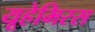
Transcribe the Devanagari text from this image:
यूहेमिरस